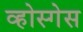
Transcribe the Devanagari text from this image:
व्होस्गेस